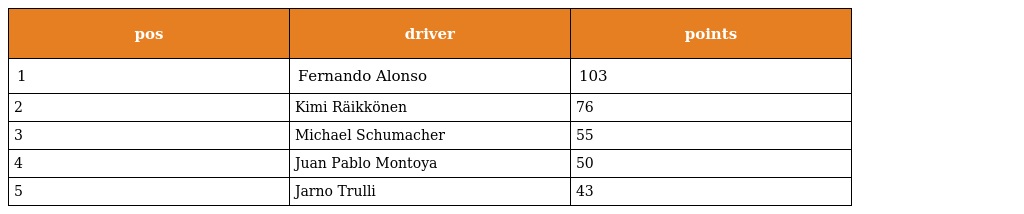
| pos | driver | points |
 | --- | --- | --- |
 | 1 | Fernando Alonso | 103 |
 | 2 | Kimi Räikkönen | 76 |
 | 3 | Michael Schumacher | 55 |
 | 4 | Juan Pablo Montoya | 50 |
 | 5 | Jarno Trulli | 43 |